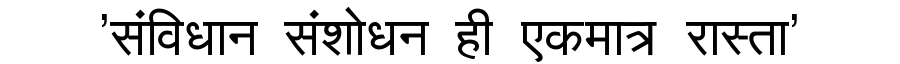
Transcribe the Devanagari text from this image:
'संविधान संशोधन ही एकमात्र रास्ता'